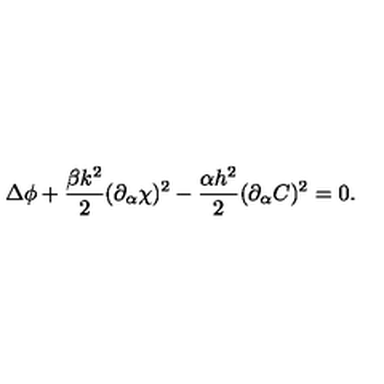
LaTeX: \Delta \phi + \frac { \beta k ^ { 2 } } { 2 } ( \partial _ { \alpha } \chi ) ^ { 2 } - \frac { \alpha h ^ { 2 } } { 2 } ( \partial _ { \alpha } C ) ^ { 2 } = 0 .